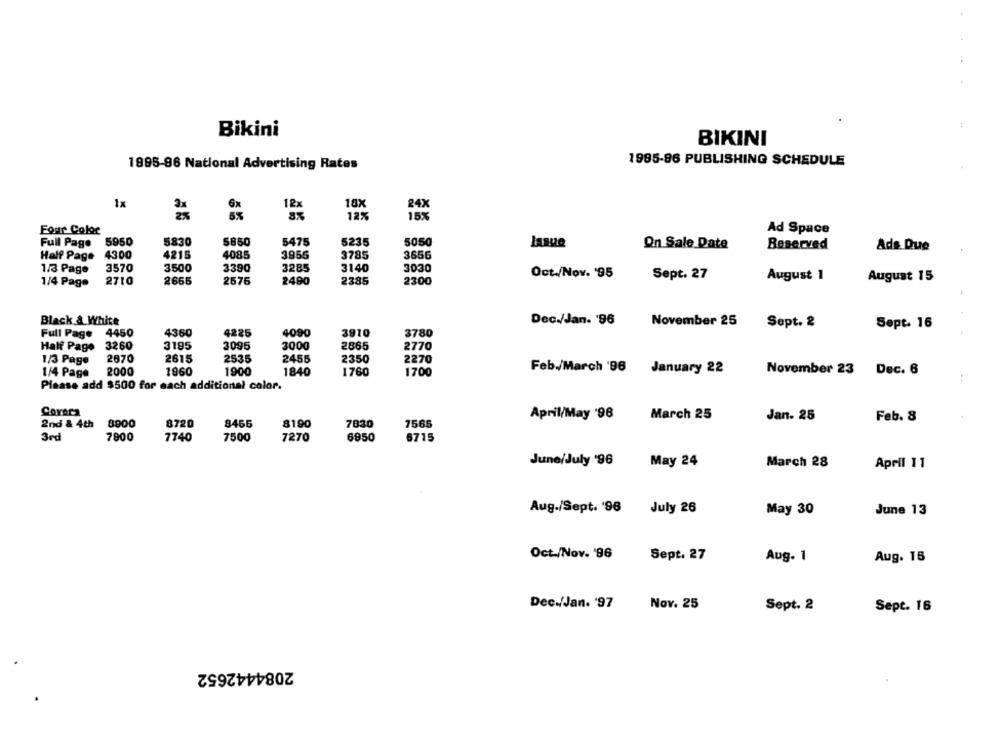
:
:
Bikini
BIKINI
1995-96 PUBLISHING SCHEDULE
1895-96 National Advertising Rates
1x
6x
12x
18X
24X
12%
15%
Four Color
Ad Space
Full Page
5950
5830
5850
5475
5235
5050
Issue
On Sale Date
Reserved
Ads Due
Half Page
4300
4215
4085
3956
3785
3656
3570
3500
3390
3285
3140
1/3 Page
3030
Oct./Nov. '95
2710
2665
2576
2490
2385
2300
Sept. 27
August 1
August 15
1/4 Page
Black & White
Dec./Jan. '96
November 25
Sept. 2
Sept. 16
Full Page 4450
4360
4225
4090
3910
3780
Half Page 3260
3195
3095
3000
2865
2770
1/3 Page
2670
2615
2535
2455
2350
2270
2000
1960
1900
1840
1700
Feb./March '96 January 22
November 23 Dec. 6
1/4 Page
1760
Please add $500 for each additional color.
Covera
April/May '96
March 25
Jan- 25
2nd & 4th
8900
8720
8466
8190
7830
7565
Feb. 8
3rd
7900
7740
7500
7270
6950
6715
June/July '96
May 24
March 28
April 11
Aug./Sept. '96 July 26
May 30
June 13
Oct./Nov. '96
Sept. 27
Aug. 1
Aug. 15
Dec./Jan. '97
Nov. 25
Sept. 2
Sept. 16
2084442652